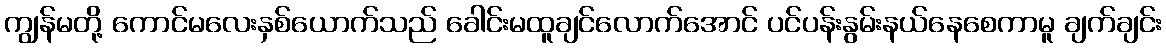
ကျွန်မတို့ ကောင်မလေးနှစ်ယောက်သည် ခေါင်းမထူချင်လောက်အောင် ပင်ပန်းနွမ်းနယ်နေစေကာမူ ချက်ချင်း